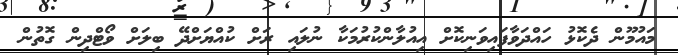
މައުމޫން ދެކޮޅު ހައްދަވާފައިވަނިކޮށް އިއުލާންކުރުމަކާ ނުލައި ރަށް ކުއްޔަށްދޭ ބިލަށް ވޯޓްދިން ގޮތުން